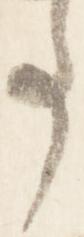
事